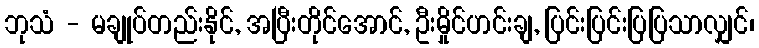
ဘုသံ - မချုပ်တည်းနိုင်, အပြီးတိုင်အောင်, ဦးမှိုင်ဟင်းချ, ပြင်းပြင်းပြပြသာလျှင်၊